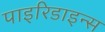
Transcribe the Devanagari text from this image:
पाइरिडाइन्स